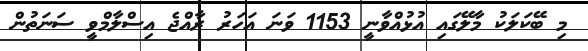
މި ބޭކަލަކު މާލޭގައި އުޅުއްވާނީ 1153 ވަނަ އަހަރު ރާއްޖެ އިސްލާމްވީ ސަނަތުން